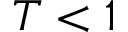
T < 1